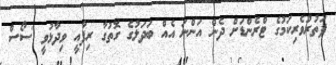
ފަތުރުވެރިކަމުގެ ޓްރެންޑަށް ދެން އަންނަ އެއް ބަދަލުގެ ގޮތުގާ ރިފާއީ ވިދާޅުވީ 'ސޯސް